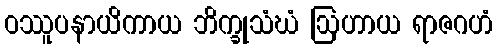
ဝဿူပနာယိကာယ ဘိက္ခုသံဃံ ဩဟာယ ရာဇဂဟံ